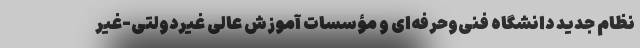
نظام جدید دانشگاه فنی‌و‌حرفه‌ای و مؤسسات آموزش عالی غیردولتی-غیر